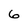
Character: 6